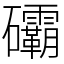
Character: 䃻